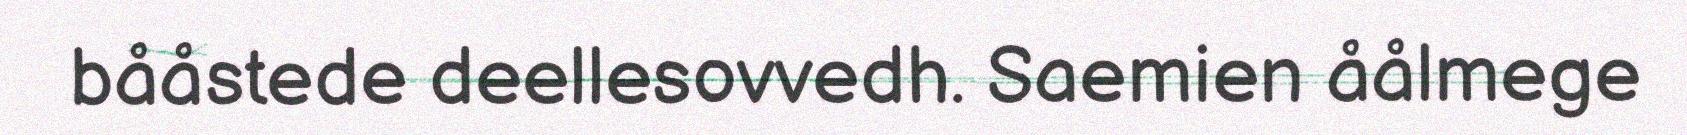
bååstede deellesovvedh. Saemien åålmege